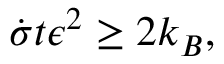
\dot { \sigma } t \epsilon ^ { 2 } \geq 2 k _ { B } ,